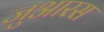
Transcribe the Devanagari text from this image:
जुआरस